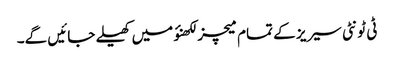
ٹی ٹونٹی سیریز کے تمام میچز لکھنؤ میں کھیلے جائیں گے۔